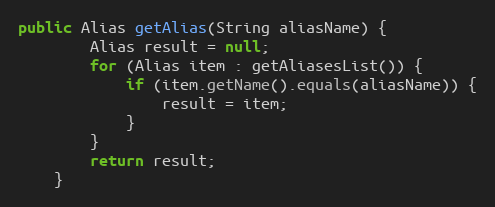
Language: Java
public Alias getAlias(String aliasName) {
        Alias result = null;
        for (Alias item : getAliasesList()) {
            if (item.getName().equals(aliasName)) {
                result = item;
            }
        }
        return result;
    }